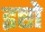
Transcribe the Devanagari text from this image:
इष्टो